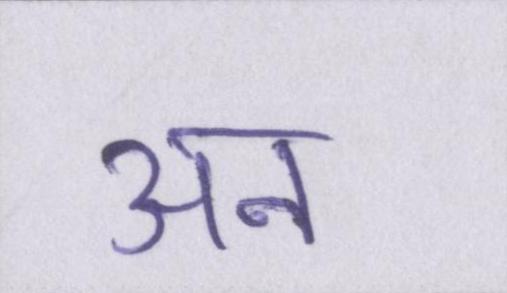
अन